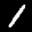
Label: 1